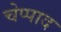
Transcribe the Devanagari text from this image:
चेप्पाद